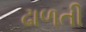
ઢાળતી